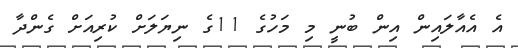
އެ އެއާލައިން އިން ބުނީ މި މަހުގެ 11ގެ ނިޔަލަށް ކުރިއަށް ގެންދާ